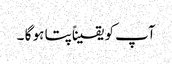
آپ کو یقیناًپتا ہو گا ۔